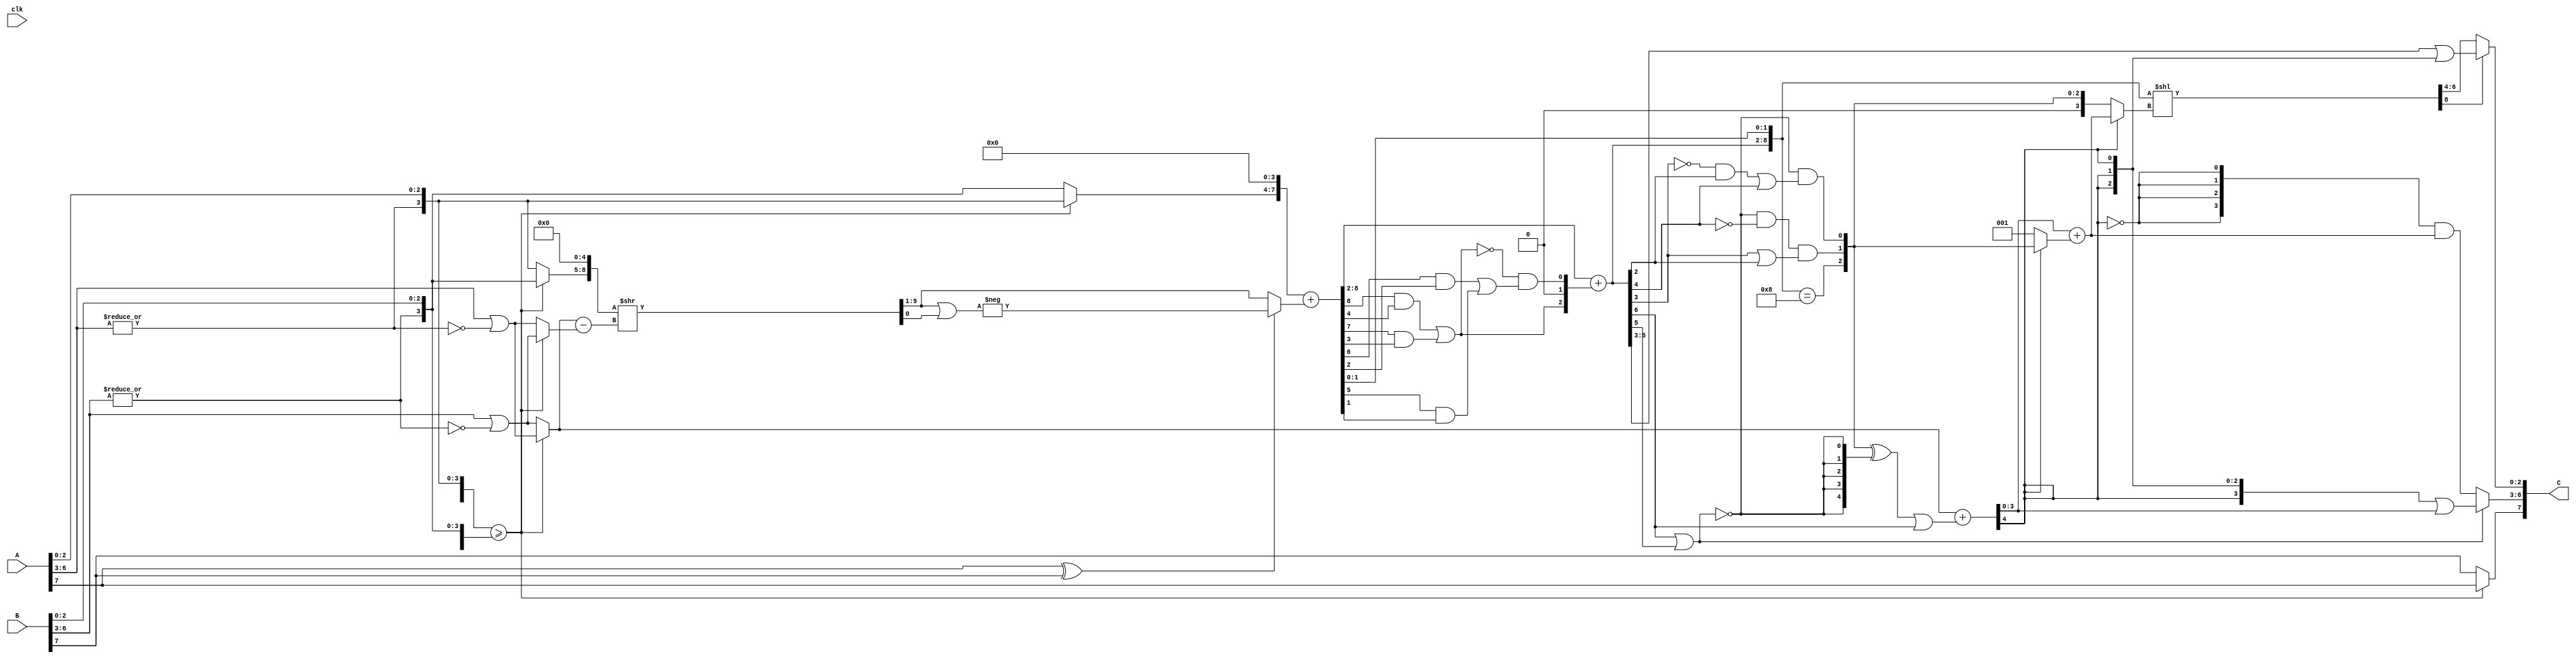
module adderFP8 #(parameter FP8_TYPE = 1)(
    input wire [7:0] A,
    input wire [7:0] B,
    input wire clk,
    output reg [7:0] C
);
/*  
    Input:
        A[7:0] -> E4M3 Float
        B[7:0] -> E4M3 Float
    Output:
        C[7:0] -> E4M3 Float (sum of A and B inputs)
        
    Compute the sum of two E4M3 FP8 numbers, A and B.
    No support for Nans or Infs.
    Rounding is towards +Inf or -Inf as necessary
    Design is purely combinational i.e no delay to result
*/

wire [3:0] expA, expB;
wire [2:0] _mantA, _mantB; 
wire signA, signB;

wire redOrExpA,  redOrExpB;

assign redOrExpA = |(expA);
assign redOrExpB = |(expB); 

assign {signA, expA, _mantA} = A;
assign {signB, expB, _mantB} = B;


wire [3:0] mantA, mantB;

assign mantA = {redOrExpA, _mantA};
assign mantB = {redOrExpB, _mantB};

/*
 The arg1, arg2 notation is for internal manipulations
*/

reg sign_diff;
reg [3:0]  exp_diff;

reg [7:0] mant1, mant2;
reg [8:0] mant2S;
reg deg_check; 
reg [8:0] _mant_sum, mant_sum; 
reg [3:0] exp1;

reg [3:0] exp_sum; 

reg is_roundable;
// reg is_degen;

reg [3:0] expAReg, expBReg; 

reg result_sign;
reg gt;

reg [3:0] expSubArg1, expSubArg2;
always @(*) begin
    /*
    Important to note that in E4M3, exponents of 0000 and 0001
    are technically the same. They both represent and exponent of -7
    with `0000` merely indicating that the significand is subnormal.
    
    As such, it is beneficial for futher processing to 'normalize' the exponent.
    We do this here by simply ORing the negation of the reduction OR operation on
    the exponent
    */
    expAReg = expA | (!redOrExpA);
    expBReg = expB | (!redOrExpB); 
    sign_diff = signA ^ signB;
    mant1[3:0] = 4'b0;
    mant2[3:0] = 4'b0;
    gt = {expA, mantA} >= {expB, mantB};
    expSubArg1 = gt? expAReg: expBReg;
    expSubArg2 = gt? expBReg: expAReg;
    exp_diff = expSubArg1 - expSubArg2;
    
    mant1[7:4] = gt? mantA: mantB;
    mant2[7:4] = gt? mantB: mantA;
    result_sign = gt? signA: signB;
    exp1 = gt? expAReg: expBReg;
    
    /*
    This design doesn't use a full-width significand shift/extension.
    
    My intuition was that big shift values would ultimately not affect 
    results significantly, so I thought to take advantage of that to keep
    the mantissa widths to 8 bits

    And it mostly works, save for the case where a a mantissa of x001 is
    shifted right by 5 places.

    The deg_check signal detects that case and remedies it by masquerading
    x001 values as x010 values.

    As this issue only really arises with subtraction, it is handled for that case.
    
    See the next always block 

_       mant_sum = mant1 + (sign_diff? (-(mant2S|deg_check)): mant2S);    
                                              ^^^^^
*/

    {mant2S, deg_check} = {mant2, 1'b0} >> exp_diff; 
end
/* 
{8765} is rounded when bit 4 is set
{7654} is rounded when bit 3 is set
in both cases, adding 1 to bit 4 accomplishes rounding

{6543} is rounded when bit 2 is set
{5432} is rounded when bit 1 is set
in both cases, adding 1 to bit 2 accomplishes rounding

*/

reg [1:0] round; 
always @(*) begin
    _mant_sum = mant1 + (sign_diff? (-(mant2S|deg_check)): mant2S); 
    
    // rounding value generation
    round[1] = (_mant_sum[8] & _mant_sum[4]) || (_mant_sum[7] & _mant_sum[3]);
    round[0] =  !round[1] && ((_mant_sum[6] & _mant_sum[2]) || ( (_mant_sum[5]) && _mant_sum[1])); 

    // rounding value
    mant_sum = {_mant_sum[8:2] + {round[1], 1'b0, round[0]}, _mant_sum[1:0]}; 

end

reg [1:0] exp_neg;// computer number of places to shift left
reg [2:0] sh_req; // number of places to shift left. See comment at signal assignment

reg left_shift; // Attempt left shift

always @(*) begin
    left_shift = !(mant_sum[8] || mant_sum[7]); 
    exp_neg[1] = (left_shift && !mant_sum[6]) && (mant_sum[5] || mant_sum[4]);
    exp_neg[0] = left_shift && (!mant_sum[5] && mant_sum[4] || mant_sum[6]);
end


reg [3:0] final_exp;

reg [3:0] true_shift_or_exp; // 
reg [4:0] exp_sum_arg; // value to add to exponent
reg over_under_flow; // overflow or underflow


always @(*) begin
    /*
    There is a special case where mant1 = b1000_0000 and mant2S = b0111_1000.
    The resulting subtration is b0000_1000.
    As it is the only case where a left shift by 4 is required, we detect it here
    and set the sh_req as ncessary (exp_neg is guaranteed to be b00 when this occurs, so it's alright)
    */
    sh_req = {mant_sum==5'b1000, exp_neg};

    // The logic on the next line inverts (by means of the XOR gate), the value to be shifted
    // as if to find it's 2's complement (but stopping short of adding '1'). As it turns out,
    // this \cancels out' in subsequent computations, while makeing the detection of overflows a
    // lot simpler.
    // The XOR clears sh_req when no left shift is necessary and OR mant_sum[8] makes exp_sum_arg '1'
    // for the case where the mantissa sum overflows to the 8th bit

    exp_sum_arg = ({2'b00, sh_req} ^ {5{left_shift}}) | mant_sum[8]; 
    {over_under_flow, exp_sum} = exp1 + exp_sum_arg;

    // When underflow occurs, the exponent has to be set to 0000, and we need to
    // readjust the left shift as necessary.
    // Note that when underflow does not occur, the left shift amount will always be sh_req
    // when underflow does occur, we must use the value of (exp_sum + 1) as the shift value.
    // The '+1' compensates for the incomplete two's complement on sh_req. This allows us to
    // compute the exponent without introducing any new adder!
    true_shift_or_exp = exp_sum + (over_under_flow?sh_req:1'b1);
end

reg[3:0] final_mant;
reg[8:0] shifted_mant;


always @(*) begin
    // shift by true_shift_or exp when underflow occurs, sh_req when no underflow
    shifted_mant = mant_sum << (over_under_flow? true_shift_or_exp: sh_req);

    if (shifted_mant[8])
        // mantissa should be set to b1111 when overflow occurs (max_value) 
        final_mant = mant_sum[8:5] | {4{over_under_flow}}; 
    else
        final_mant = shifted_mant[7:4];

    if (left_shift) begin
        // exponent set to 0 when underflow occurs, true_shift_or_exp otherwise
        final_exp = {4{!over_under_flow}} & true_shift_or_exp;
    end else begin
        // exponent set to b1111 when overflow occurs
        final_exp = {4{over_under_flow}} | exp_sum[3:0];
    end
    
end


always @(*) begin
    C = {result_sign, final_exp, final_mant[2:0]}; 
end

    
endmodule